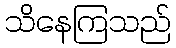
သိနေကြသည်